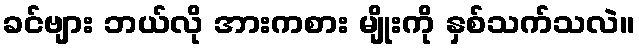
ခင်ဗျား ဘယ်လို အားကစား မျိုးကို နှစ်သက်သလဲ။